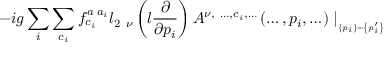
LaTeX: - i g \sum _ { i } \sum _ { c _ { i } } f _ { c _ { i } } ^ { a \; a _ { i } } l _ { 2 \ \nu } \left( l \frac \partial { \partial p _ { i } } \right) A ^ { \nu , \ \ldots , c _ { i } , \ldots } \left( \ldots , p _ { i } , \ldots \right) \mid _ { _ { \left\{ p _ { i } \right\} = \left\{ p _ { i } ^ { \prime } \right\} } }